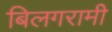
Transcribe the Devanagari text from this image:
बिलगरामी